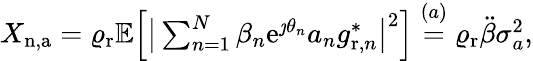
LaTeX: \begin{array}{r}{X_{\mathrm{n,a}}=\varrho_{\mathrm{r}}\mathbb{E}\Big[\big|\sum_{n=1}^{N}\beta_{n}\mathrm{e}^{\jmath\theta_{n}}a_{n}g_{\mathrm{r},n}^{*}\big|^{2}\Big]\overset{(a)}{=}\varrho_{\mathrm{r}}\ddot{\beta}\sigma_{a}^{2},}\end{array}